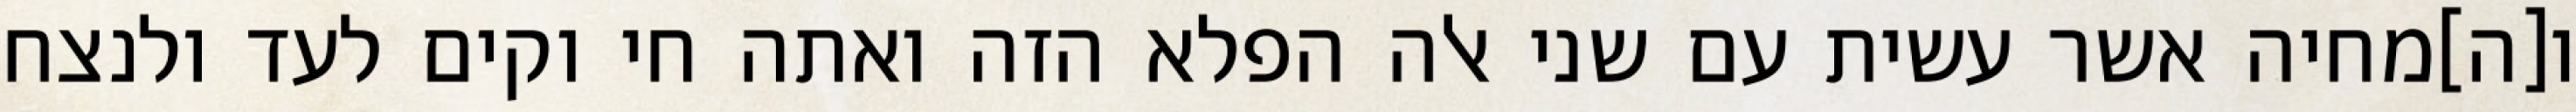
ו[ה]מחיה אשר עשית עם שני אלה הפלא הזה ואתה חי וקים לעד ולנצח